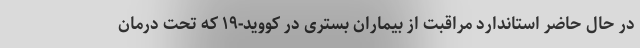
در حال حاضر استاندارد مراقبت از بیماران بستری در کووید-۱۹ که تحت درمان